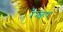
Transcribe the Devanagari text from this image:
रैन्कर